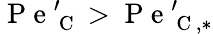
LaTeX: \mathrm{~P~e~}_{\mathrm{~C~}}^{\prime}>\mathrm{~P~e~}_{\mathrm{~C~},*}^{\prime}